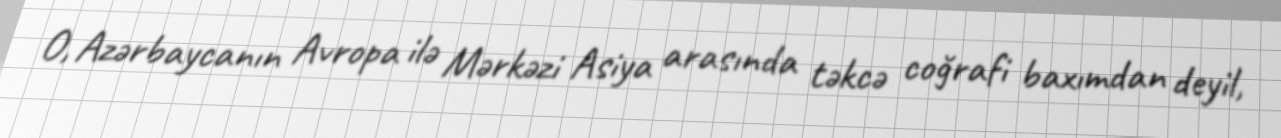
O, Azərbaycanın Avropa ilə Mərkəzi Asiya arasında təkcə coğrafi baxımdan deyil,